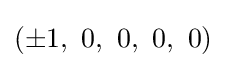
\left(\pm 1,\ 0,\ 0,\ 0,\ 0\right)